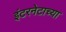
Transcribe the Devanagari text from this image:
इंटरनेटाच्या